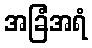
အခြံအရံ